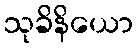
သုခိနိယော